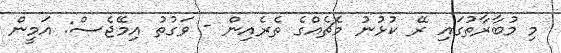
މި މުބާރާތުގައި ރޭ ކުޅުނު މެޗެއްގެ ތެރެއިން - ވަގުތު އިމޭޖެސް: އަމީން